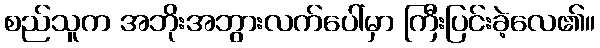
စည်သူက အဘိုးအဘွားလက်ပေါ်မှာ ကြီးပြင်းခဲ့လေ၏။